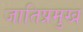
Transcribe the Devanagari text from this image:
जातिप्रमुख